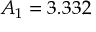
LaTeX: A _ { 1 } = 3 . 3 3 2